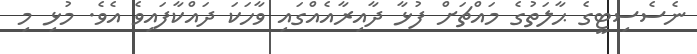
ނެސެސިޓީގެ ޙާލަތުގެ މައްޗަށް ފުޅާ ދާއިރާއެއްގައި ވާހަކަ ދައްކާފައިވެ އެވެ. މުޅި މި